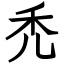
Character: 禿